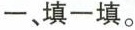
一、填一填。